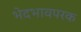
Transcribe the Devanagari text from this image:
भेदभावपरक